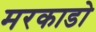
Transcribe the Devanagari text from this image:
मरकाडो